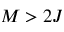
M > 2 J